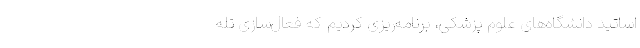
اساتید دانشگاه‌های علوم پزشکی، برنامه‌ریزی کردیم که فعال‌سازی تله